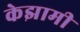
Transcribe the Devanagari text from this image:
केझामी